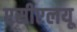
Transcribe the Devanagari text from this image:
एसीएलयू